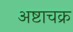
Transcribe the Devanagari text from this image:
अष्टाचक्र